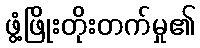
ဖွံ့ဖြိုးတိုးတက်မှု၏